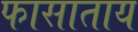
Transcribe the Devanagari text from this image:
फासाताय